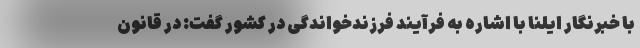
با خبرنگار ایلنا با اشاره به فرآیند فرزندخواندگی در کشور گفت: در قانون